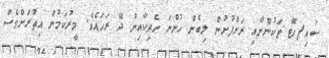
ސައި/ހޮޓާ ތަކުންނާއި ރަށްފުށުން ލިބެން ހުންނަ ހެދިކާއިން ދޭ ރަހައެވެ. މީރުކަމުން އިތުރަށްވެސް